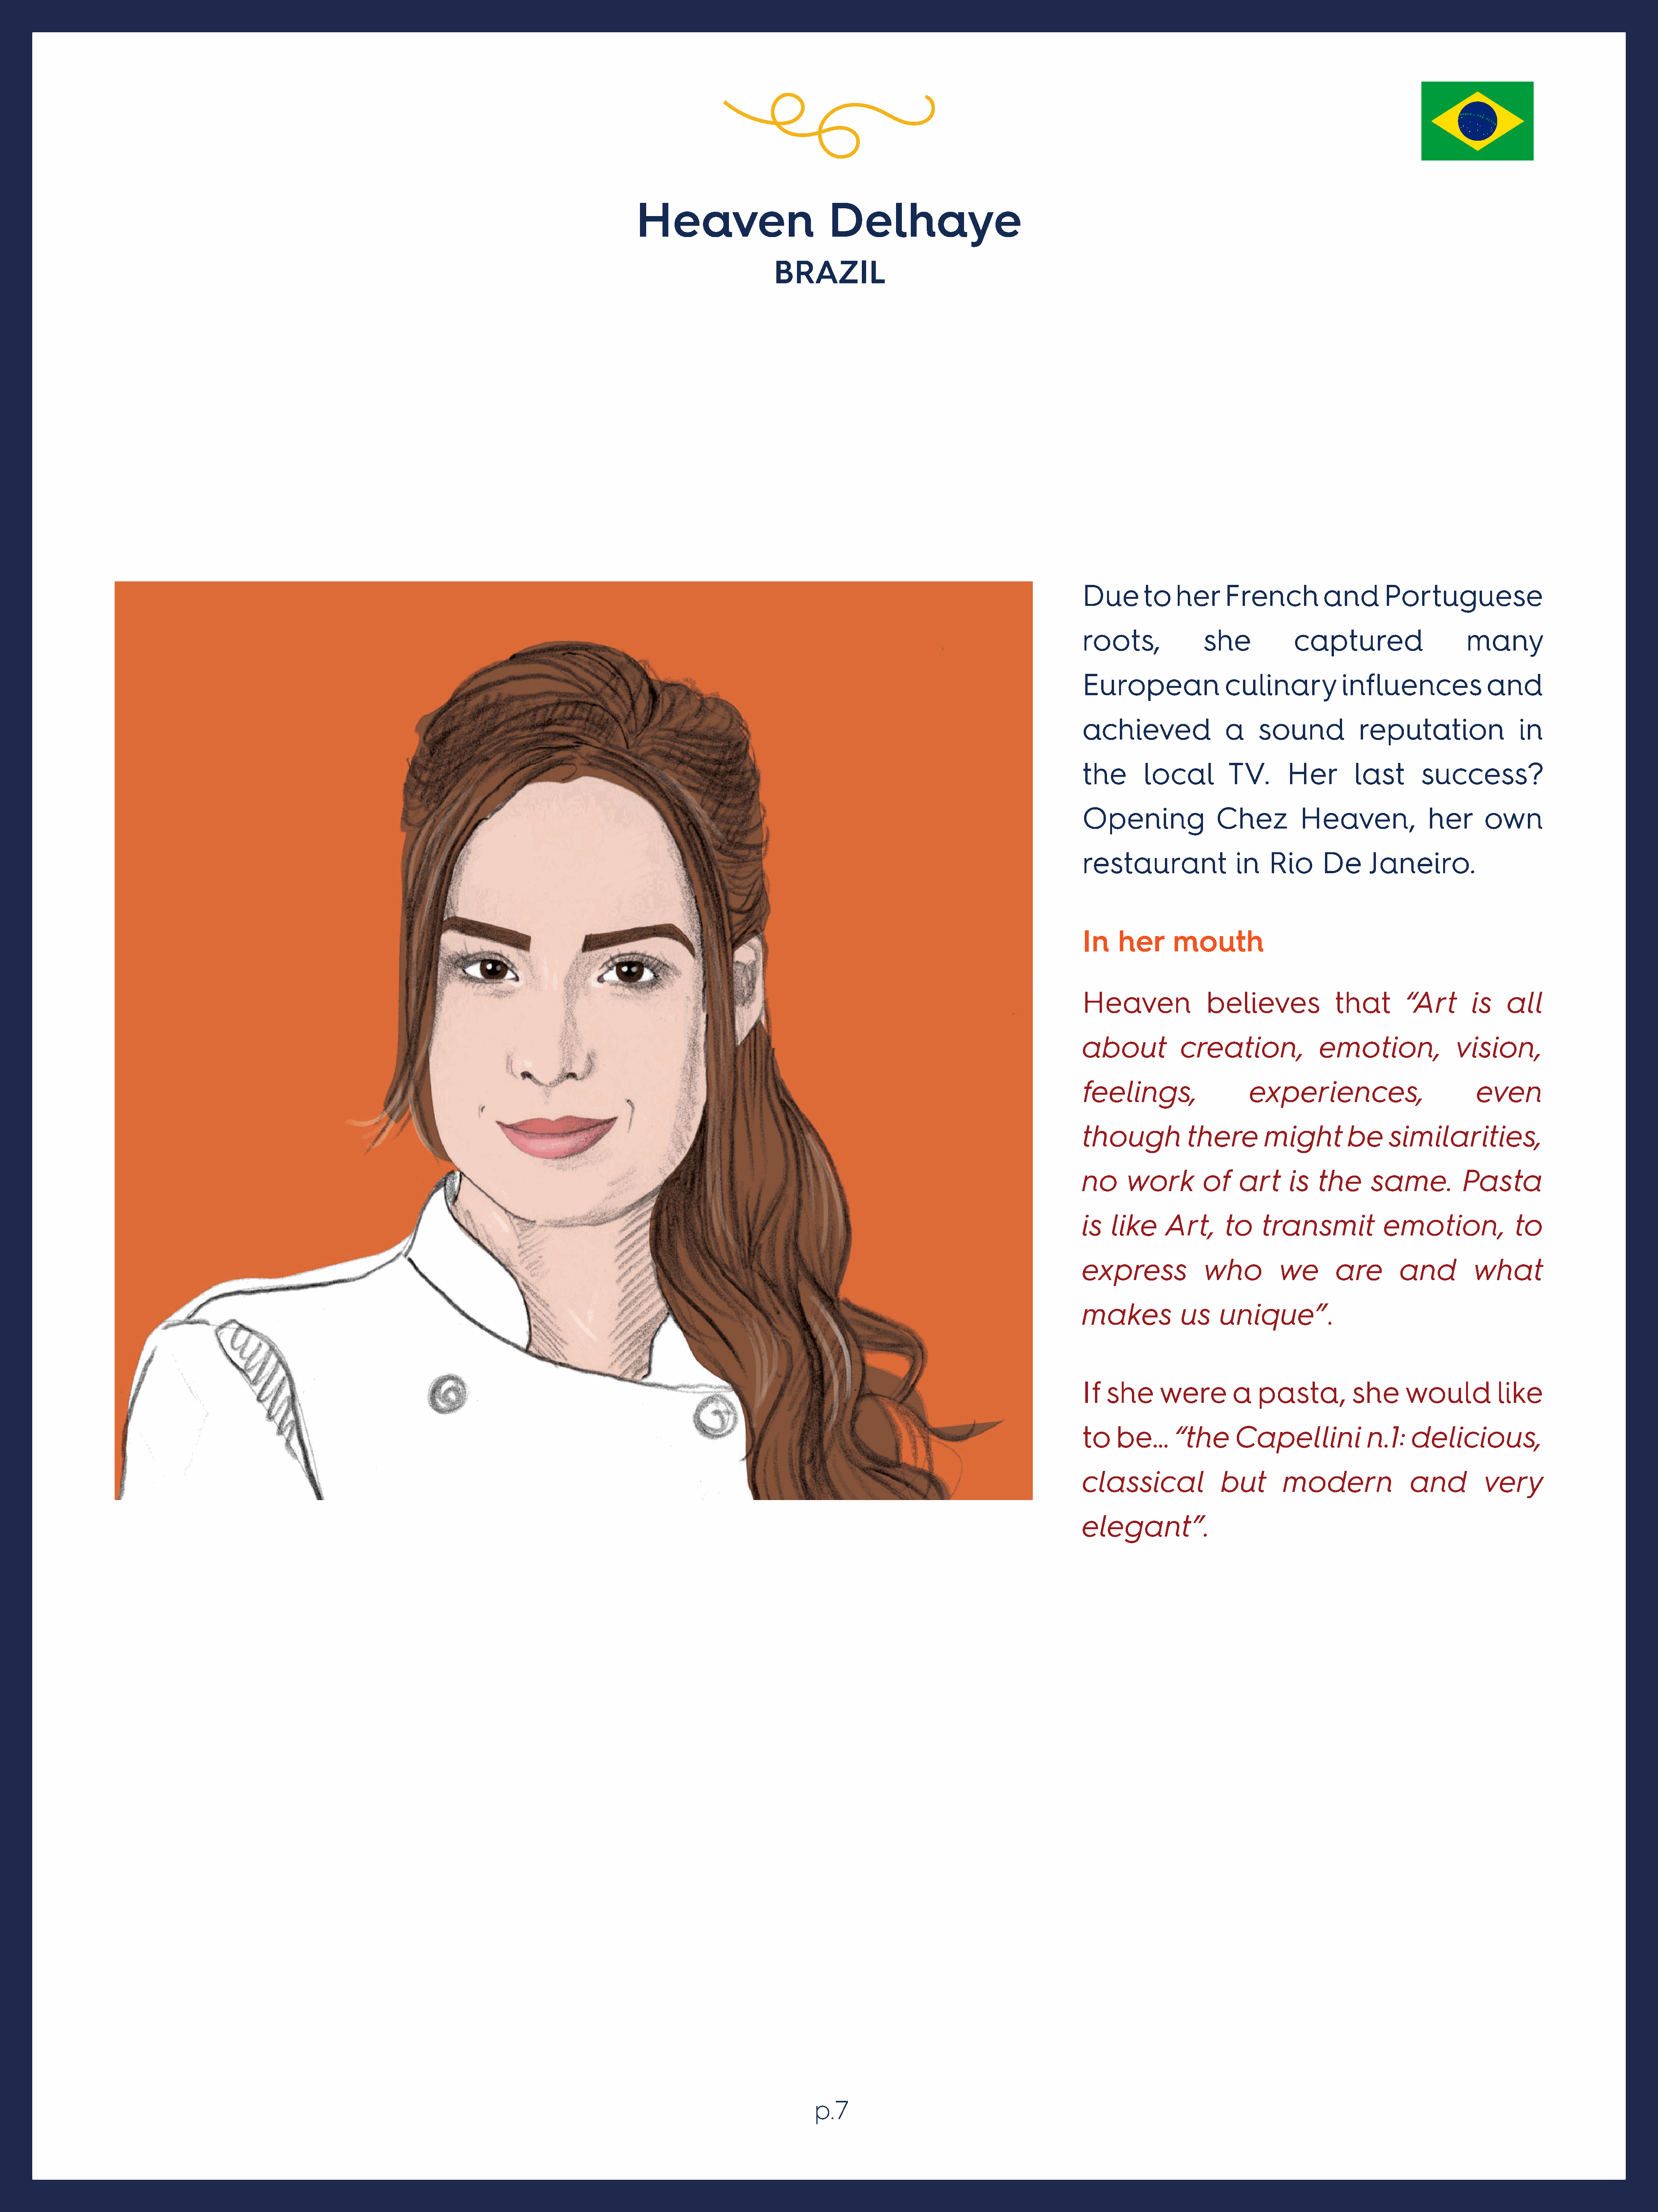
Heaven                           Delhaye
 BRAZIL
 Due        to   her      French          and        Portuguese
 roots,               she            captured                      many
 European                 culinary            influences              and
 achieved                 a    sound            reputation                  in
 the        local         TV.       Her         last       success?
 Opening                Chez          Heaven,               her       own
 restaurant                in    Rio      De      Janeiro.
 In    her       mouth
 Heaven                believes             that        “Art        is    all
 about            creation,               emotion,               vision,
 feelings,                    experiences,                           even
 though            there        might          be     similarities,
 no      work         of    art      is   the      same.          Pasta
 is   like      Art,      to    transmit             emotion,              to
 express              who          we        are       and          what
 makes            us     unique”.
 If  she       were        a   pasta,          she      would           like
 to    be…       “the      Capellini              n.1:   delicious,
 classical               but        modern               and          very
 elegant”.
 p.7